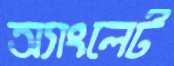
অ্যাংলেট